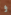
و